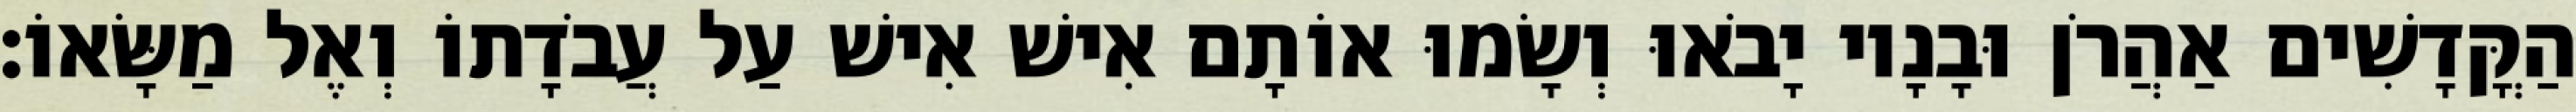
הַקֳּדָשִׁים אַהֲרֹן וּבָנָיו יָבֹאוּ וְשָׂמוּ אוֹתָם אִישׁ אִישׁ עַל עֲבֹדָתוֹ וְאֶל מַשָּׂאוֹ׃